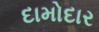
દામોદાર